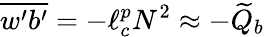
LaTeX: \overline{{w^{\prime}b^{\prime}}}=-\ell_{c}^{p}N^{2}\approx-\widetilde Q_{b}